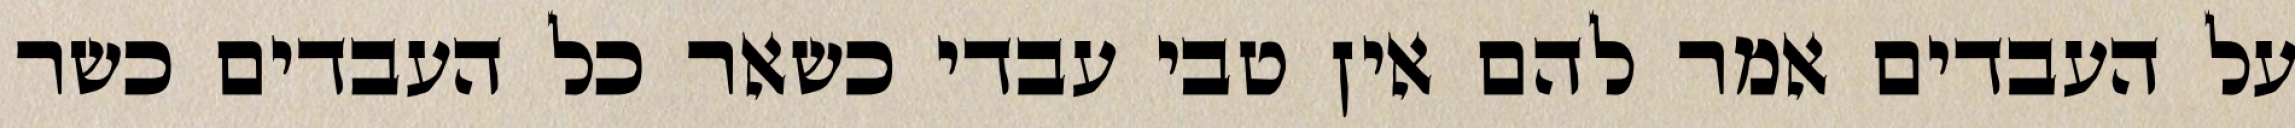
על העבדים אמר להם אין טבי עבדי כשאר כל העבדים כשר